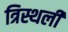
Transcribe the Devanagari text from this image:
त्रिस्थली